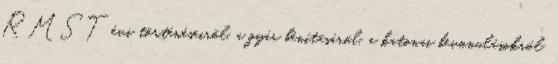
RMST évi történéseirõl, a gyár bénításáról, a katonai bevonulásokról,